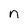
Character: n